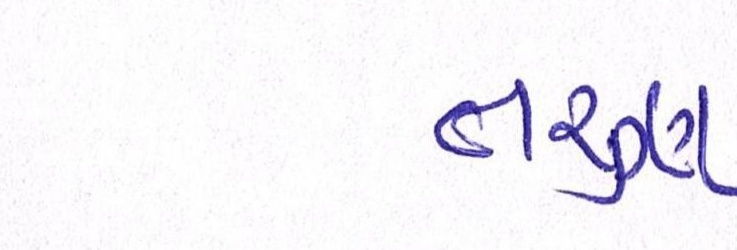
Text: તરુણ